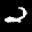
Label: 2